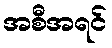
အစီအရင်